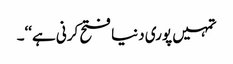
تمہیں پوری دنیا فتح کرنی ہے‘‘۔